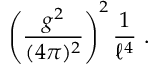
\left( { \frac { g ^ { 2 } } { ( 4 \pi ) ^ { 2 } } } \right) ^ { 2 } { \frac { 1 } { \ell ^ { 4 } } } \ .